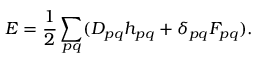
E = \frac { 1 } { 2 } \sum _ { p q } ( D _ { p q } h _ { p q } + \delta _ { p q } F _ { p q } ) .